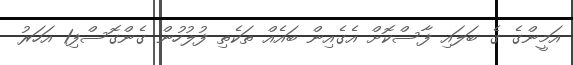
އަމީންގެ ގެ ބަލައި ފާސްކޮށް އެގެއިން ބައެއް ތަކެތި ފުލުހުން ގެންގޮސްފި1 އަހަރު